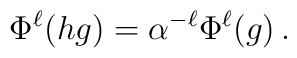
\Phi^\ell(hg) = \alpha^{-\ell}\Phi^\ell(g)\,.